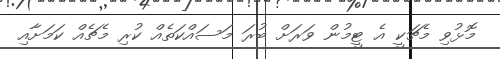
މޮޅުވި މެޗަކީ އެ ޓީމުން ވަރަށް ބުރަ މަސައްކަތެއް ކުރި މެޗެއް ކަމަށާއި